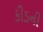
કીડની